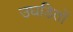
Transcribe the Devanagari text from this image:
उघडितों